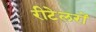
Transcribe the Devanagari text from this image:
रीटेलरों